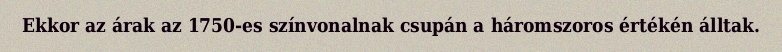
Ekkor az árak az 1750-es színvonalnak csupán a háromszoros értékén álltak.